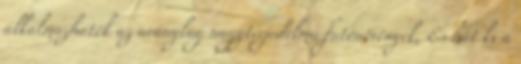
alkalmazhatók az aránylag nagyterjedelmű futónövények, És hát ki a